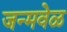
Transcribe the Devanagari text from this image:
जन्मवेळ